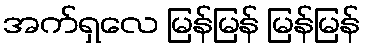
အက်ရှလေ မြန်မြန် မြန်မြန်